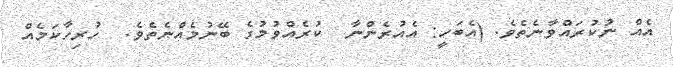
އެއް ނުކުރައްވާނެތެވެ. (އެބަހީ: އެއުރެންނާ  ކުރެއްވުމުގެ ބޭނުމެއްނެތެވެ.  ހުރިހާކަމެއް